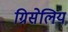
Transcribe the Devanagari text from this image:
ग्रिसेलिय